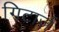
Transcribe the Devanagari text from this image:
गिटार्ज़